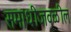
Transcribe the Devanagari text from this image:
समाधीजवळील